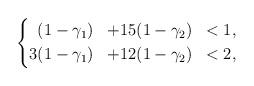
LaTeX: \begin{align*}\left\{\begin{aligned}&(1-\gamma_1) &+ 15 &(1-\gamma_2) &< 1, \\3&(1-\gamma_1) &+ 12 &(1-\gamma_2) &< 2,\end{aligned}\right.\end{align*}